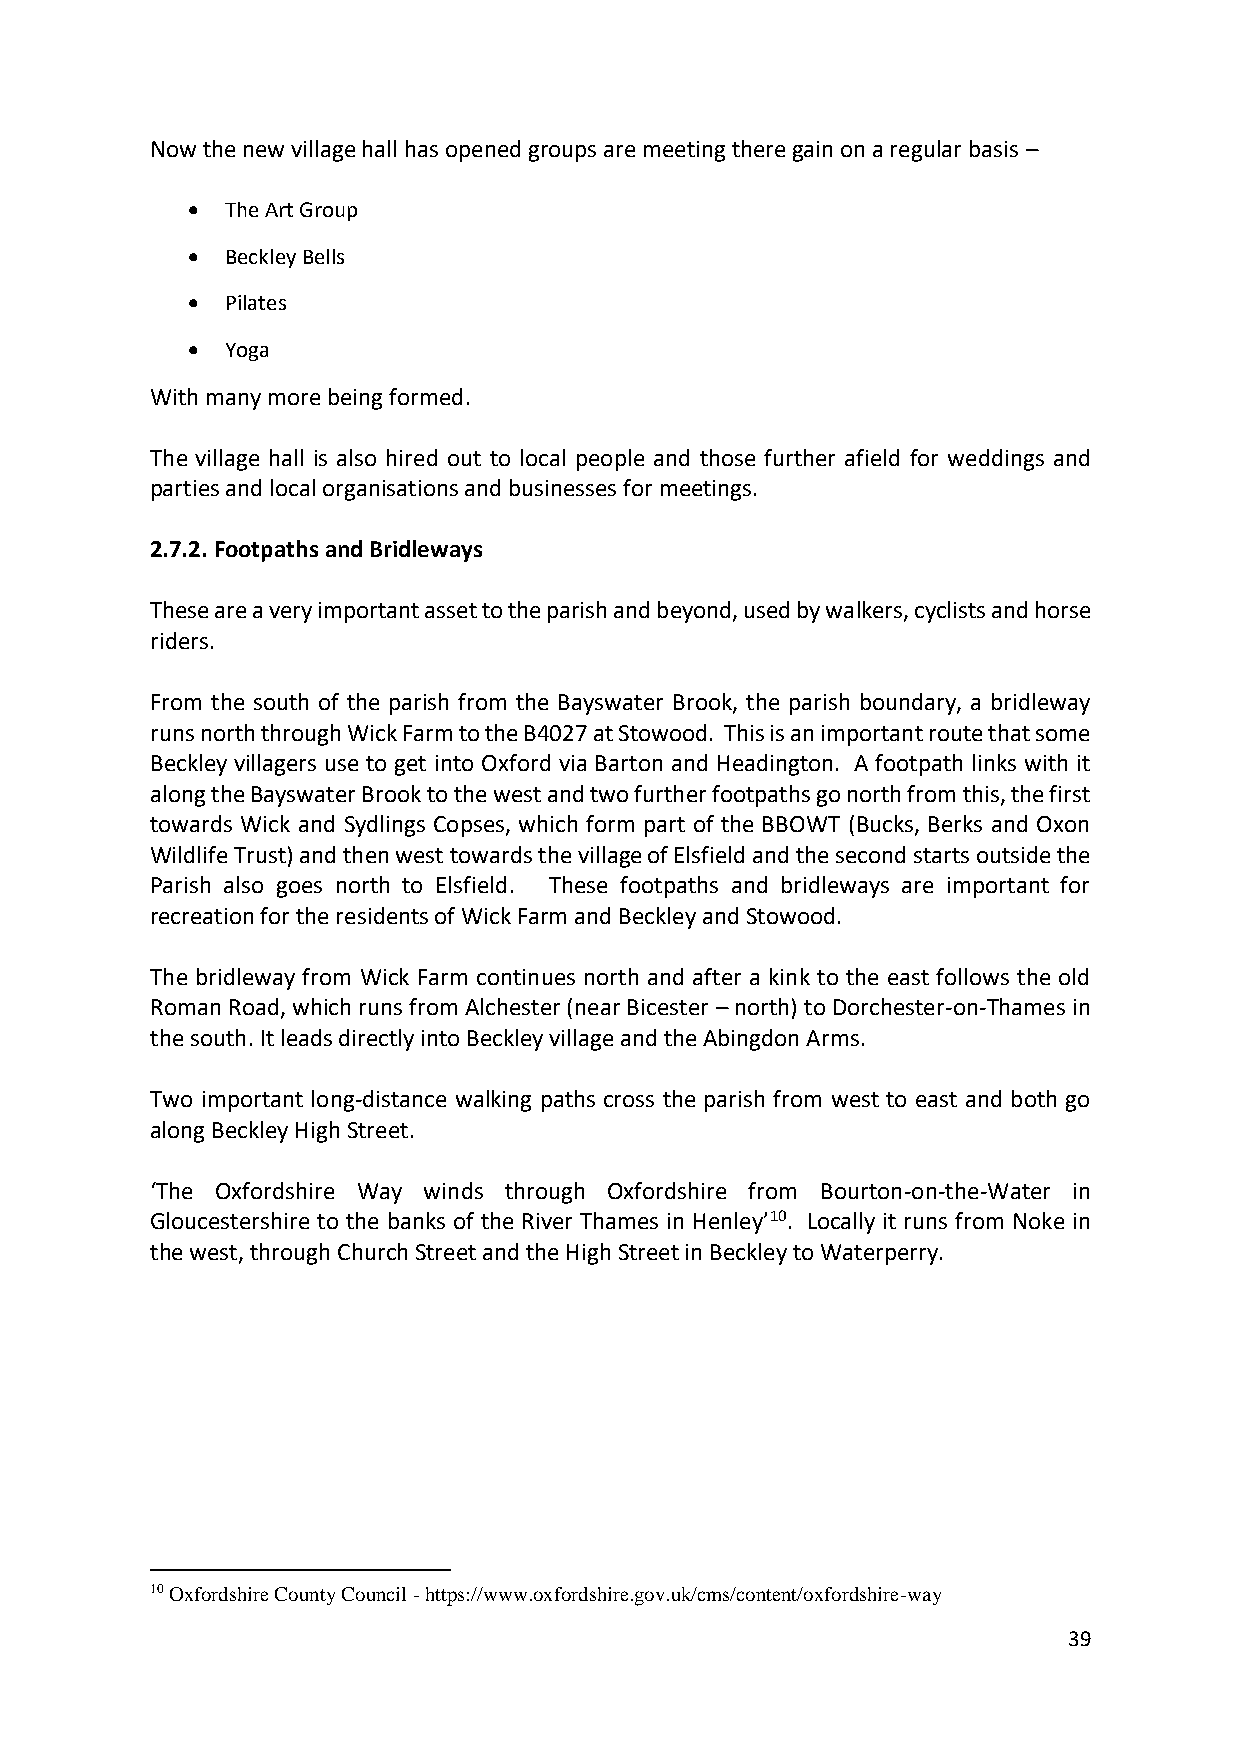
Now the new village hall has opened groups are meeting there gain on a regular basis –
 •  The Art Group
 •  Beckley Bells
 •  Pilates
 •  Yoga
 With many more being formed.
 The village hall is also hired out to local people and those further afield for weddings and
 parties and local organisations and businesses for meetings.
 2.7.2. Footpaths and Bridleways
 These are a very important asset to the parish and beyond, used by walkers, cyclists and horse
 riders.
 From the south of the parish from the Bayswater Brook, the parish boundary, a bridleway
 runs north through Wick Farm to the B4027 at Stowood. This is an important route that some
 Beckley villagers use to get into Oxford via Barton and Headington. A footpath links with it
 along the Bayswater Brook to the west and two further footpaths go north from this, the first
 towards Wick and Sydlings Copses, which form part of the BBOWT (Bucks, Berks and Oxon
 Wildlife Trust) and then west towards the village of Elsfield and the second starts outside the
 Parish also goes north to Elsfield. These footpaths and bridleways are important for
 recreation for the residents of Wick Farm and Beckley and Stowood.
 The bridleway from Wick Farm continues north and after a kink to the east follows the old
 Roman Road, which runs from Alchester (near Bicester – north) to Dorchester-on-Thames in
 the south. It leads directly into Beckley village and the Abingdon Arms.
 Two important long-distance walking paths cross the parish from west to east and both go
 along Beckley High Street.
 ‘The Oxfordshire Way winds through Oxfordshire from Bourton-on-the-Water in
 Gloucestershire to the banks of the River Thames in Henley’10. Locally it runs from Noke in
 the west, through Church Street and the High Street in Beckley to Waterperry.
 10 Oxfordshire County Council - https://www.oxfordshire.gov.uk/cms/content/oxfordshire-way
 39